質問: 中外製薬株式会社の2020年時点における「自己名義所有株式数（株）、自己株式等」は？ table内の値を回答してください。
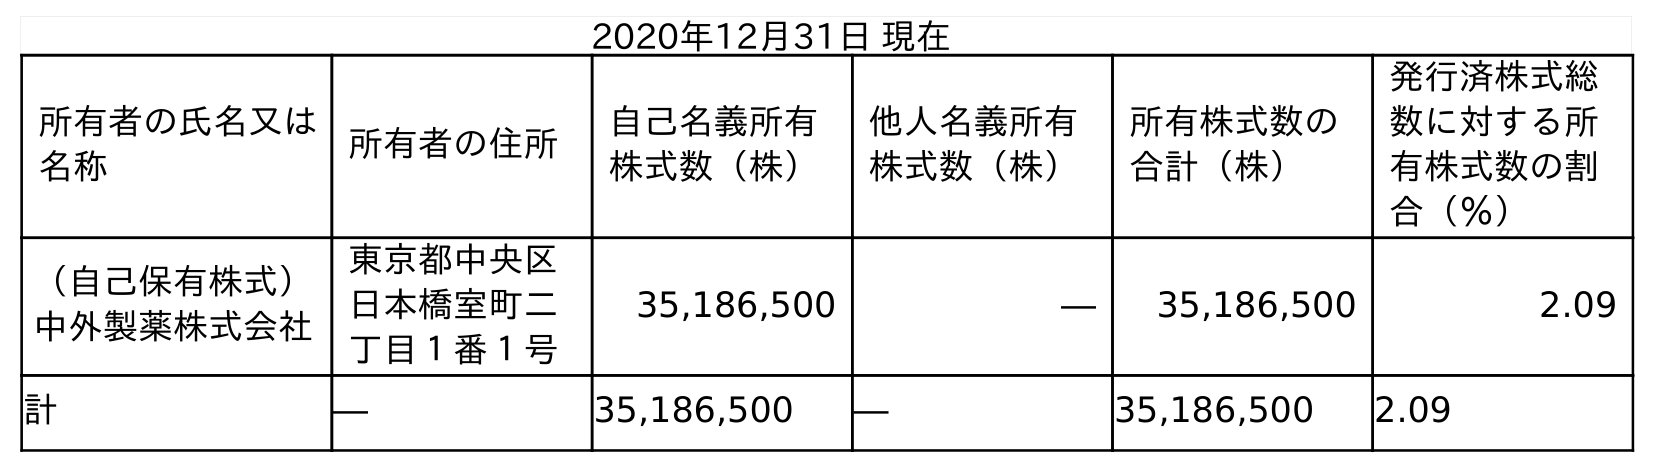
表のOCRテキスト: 2020年12月31日 現在 所有者の氏名又は 名称 所有者の住所 自己名義所有 株式数（株） 他人名義所有 株式数（株） 所有株式数の 合計（株） 発行済株式総 数に対する所 有株式数の割 合（％） （自己保有株式） 中外製薬株式会社 東京都中央区 日本橋室町二 丁目１番１号 35,186,500 ― 35,186,500 2.09 計 ― 35,186,500 ― 35,186,500 2.09
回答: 35,186,500